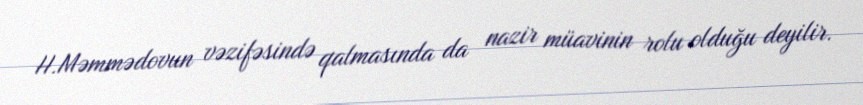
H.Məmmədovun vəzifəsində qalmasında da nazir müavinin rolu olduğu deyilir.